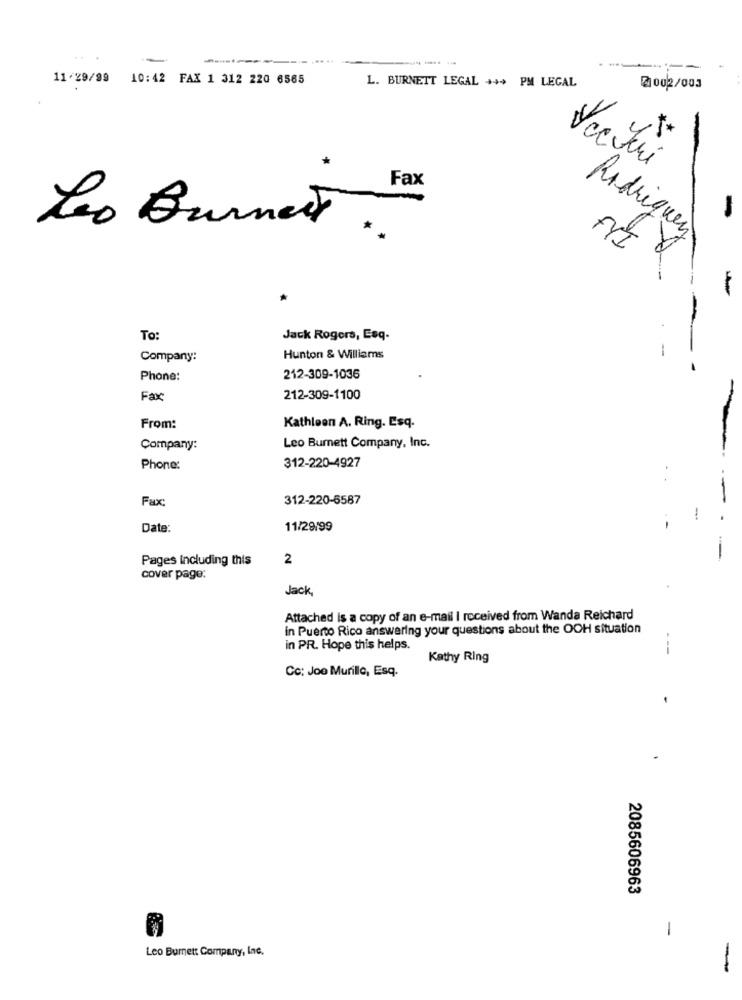
11/29/99 10:42 FAX 1 312 220 6565
L. BURNETT LEGAL +++ PM LEGAL
@002/003
Fax
-
Leo Burnett ..
Rodriquez
-
To:
Jack Rogers, Esq.
Company:
Hunton & Williams
-
Phone:
212-309-1036
Fax:
212-309-1100
From:
Kathleen A. Ring. Esq.
Company:
Leo Burnett Company, Inc.
Phone
312-220-4927
..
Fax:
312-220-6587
-
Date:
11/29/99
-
Pages Including this
2
cover page:
Jack,
Attached is a copy of an e-mail I received from Wanda Reichard
in Puerto Rico answering your questions about the OCH situation
in PR. Hope this helps.
--
Kathy Ring
Cc: Joe Murillo, Esq.
2085606963
1
Leo Burnett Company, Inc.
-